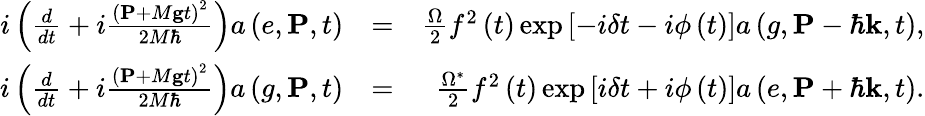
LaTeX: \begin{array}{rlr}{i\left(\frac{d}{dt}+i\frac{\left(\mathbf{P}+M\mathbf{g}t\right)^{2}}{2M\hbar}\right)a\left(e,\mathbf{P},t\right)}&{=}&{\frac{\Omega}{2}f^{2}\left(t\right)\exp\left[-i\delta t-i\phi\left(t\right)\right]a\left(g,\mathbf{P}-\hbar\mathbf{k},t\right),}\\ {i\left(\frac{d}{dt}+i\frac{\left(\mathbf{P}+M\mathbf{g}t\right)^{2}}{2M\hbar}\right)a\left(g,\mathbf{P},t\right)}&{=}&{\frac{\Omega^{\ast}}{2}f^{2}\left(t\right)\exp\left[i\delta t+i\phi\left(t\right)\right]a\left(e,\mathbf{P}+\hbar\mathbf{k},t\right).}\end{array}